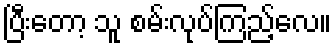
ပြီးတော့ သူ စမ်းလုပ်ကြည့်လေ။